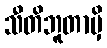
သီတိဘူတာမှိ